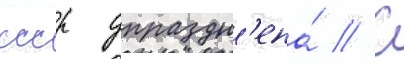
ссср упраздн'ена́ // С